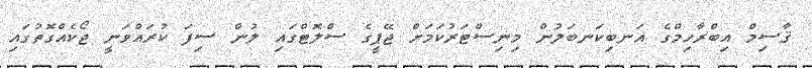
ޤާސިމް އިބްރާހިމްގެ އަނބިކަނބަލުން މިނިސްޓަރުކަމަށް ޖޭޕީގެ ސްލޮޓްގައި ލުން ސިފަ ކުރައްވަނީ ޖޯކެއްގޮތުގައި